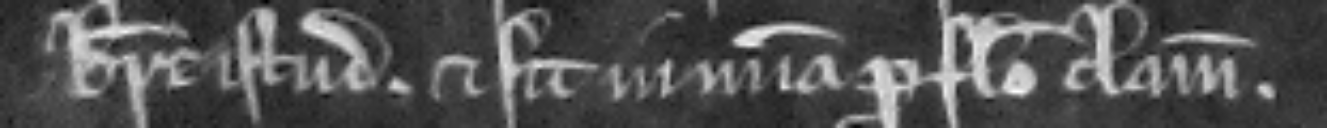
breve istud. et sit in misericordia pro falso clamore.